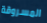
المسروقة